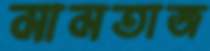
মামতাজ